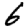
Digit: 6